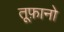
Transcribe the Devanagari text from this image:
तूफ़ानो